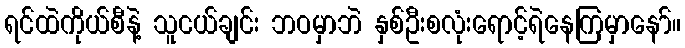
ရင်ထဲကိုယ်စီနဲ့ သူငယ်ချင်း ဘဝမှာဘဲ နှစ်ဦးစလုံးရောင့်ရဲနေကြမှာနော်။